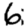
Digit: 6